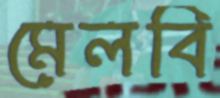
মেলবি